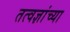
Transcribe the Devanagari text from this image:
तत्वज्ञांच्या